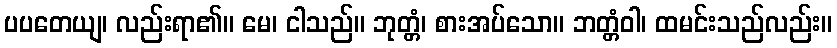
ပပတေယျ၊ လည်းရာ၏။ မေ၊ ငါသည်။ ဘုတ္တံ၊ စားအပ်သော။ ဘတ္တံဝါ၊ ထမင်းသည်လည်း။